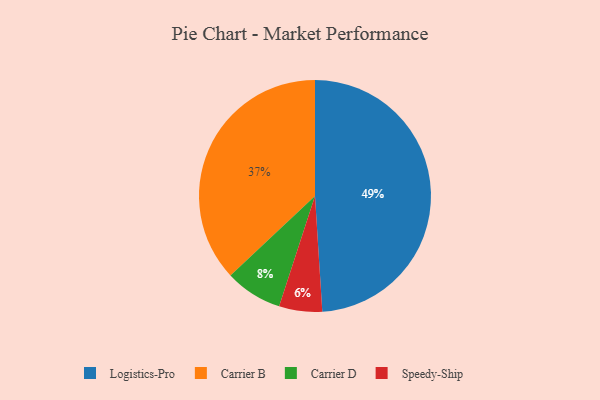
{"axis": {"x": "Category", "y": "Percentage"}, "legend": ["Carrier B", "Carrier D", "Logistics-Pro", "Speedy-Ship"], "data": [{"x": "Carrier B", "y": 37, "type": "Carrier B"}, {"x": "Speedy-Ship", "y": 6, "type": "Speedy-Ship"}, {"x": "Carrier D", "y": 8, "type": "Carrier D"}, {"x": "Logistics-Pro", "y": 49, "type": "Logistics-Pro"}]}